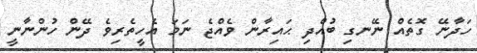
ހަދާނޭ ގޮތެއް ނޭނގި ބުއްދި ޙައިރާން ވެއްޖެ ނަމަ އެހީތެރިވެ ދޭން ހުންނާނީ